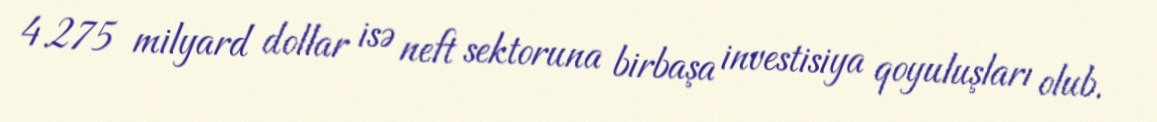
4.275 milyard dollar isə neft sektoruna birbaşa investisiya qoyuluşları olub.